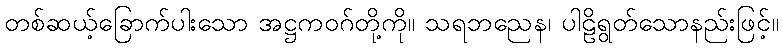
တစ်ဆယ့်ခြောက်ပါးသော အဋ္ဌကဝဂ်တို့ကို။ သရဘညေန၊ ပါဠိရွတ်သောနည်းဖြင့်။